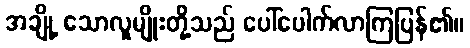
အချို့ သောလူမျိုးတို့သည် ပေါ်ပေါက်လာကြပြန်၏။